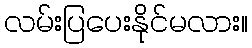
လမ်းပြပေးနိုင်မလား။